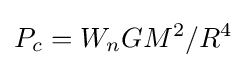
P_{c}=W_{n}GM^{2}/R^{4}